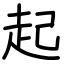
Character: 起